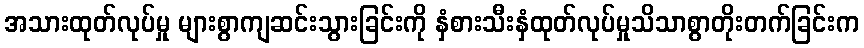
အသားထုတ်လုပ်မှု များစွာကျဆင်းသွားခြင်းကို နှံစားသီးနှံထုတ်လုပ်မှုသိသာစွာတိုးတက်ခြင်းက